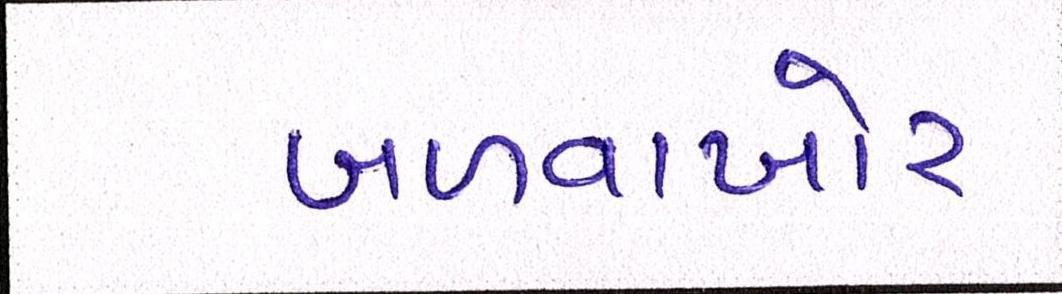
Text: બળવાખોર